Annual administration and progress report of the Indian Medical Department, Bombay
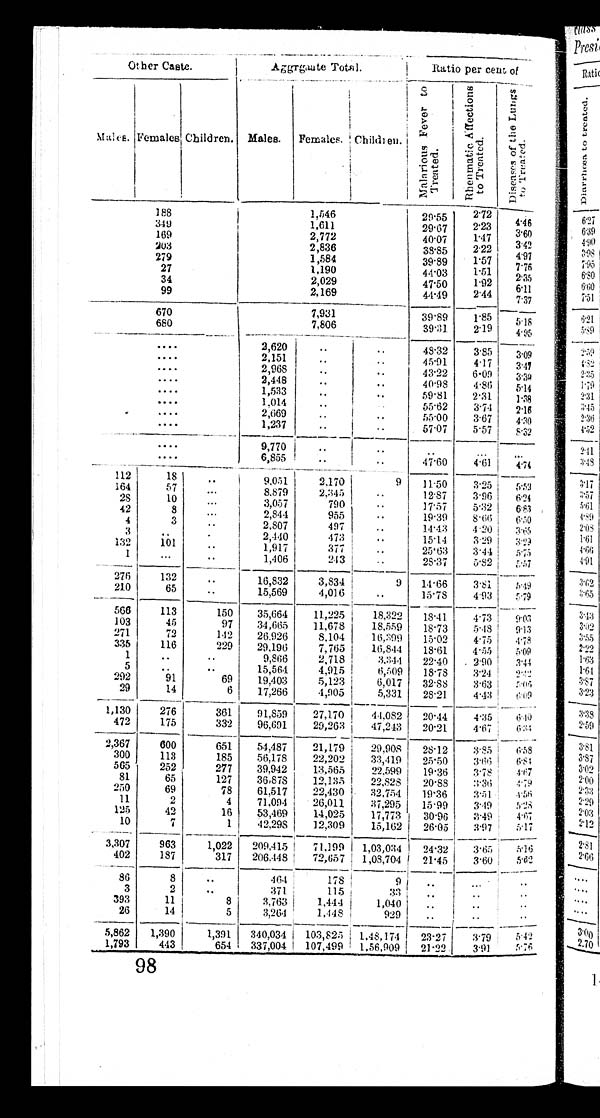
Other Caste.
Aggrgaate Total.
Ratio per cent of
M a l e s .
F e m a l e s .
Children. Males. Females. C h i l d r e n .
M a l a r i o u s F e v e r t o T r e a t e d .
R h e n m a t i c A f f e c t i o n s t o T r e a t e d .
D i s e a s e s o f t h e L u n g s t o T r e a t e d
188
1,546
29.55 2 . 7 2
4 . 4 6
349
1,611
29.67 2 . 2 3
3.60
169
2,772
40.07 1 . 4 7
3.42
203
2,836
38.85 2. 22
4 . 9 7
279
1,584
39.89 1 . 5 7
7.76
27
1,190
44.03 1 . 5 1
2.35
34
2,029
47.50 1 . 9 2
6.11
99
2,169
44.49 2 . 4 4
7.37
670
7,931
39.89 1.85
5 . 1 8
680
7,806
39.31 2 . 1 9
4.95
. . . .
2,620
..
..
48.32 3 . 8 5
3.09
. . . .
2,151
..
..
45.91 4.17 3.47
. . . .
2,968
..
..
43.22 6.09 3.30
. . . .
2,448
..
..
40.98 4.86 5.14
. . . .
1, 533
. .
. . 59.81 2. 31
1. 38
. . . .
1,014
. .
. .
55.62 3 . 7 4
2.16
....
2,669
..
..
55.00 3 . 6 7
4.30
....
1,237
. .
. . 57.07 5.57 8.32
....
9,770
. . ..
. .
. . . ...
. . . .
6,855 ..
. . 47.60 4.61 4.74
112
18
. . 9,051 2,170
9 11.50
3 . 2 5 5.53
164
5 7
. . . 8,879
2,345
..
12.87 3.96 6.24
28
10
. . .
3 , 0 5 7
790 ..
17.57 5.32 6.83
42
8
. . . 2,844
955
. . 19.39 8.66
6. 50
4
3
. . 2,807
497
..
14.43 4.20 3.65
3
. .
. . 2,440
473
. . 15.14 3.29 3. 29
132 101
..
1,917
377
. . 25.63 3.44 5.75
1
...
. . 1,406
243
..
28.37
5 . 8 2 5. 57
276 132
. . 16,832 3,834
9 14. 66
3 . 8 1 5.49
210
65
. . 15,569
4,016
..
15.78 4.93 5. 79
566 113
150 35,664 11,225 18,322 18.41
4 . 7 3 9.03
103
45
97 34,665 11,678 18,559 18.73
5 . 4 8 9. 13
271
72
142 26.926 8.104 16,399
15. 02 4. 75 4.78
335 116
229 29,196
7,765 16,844 18.61 4.55
5. 09
1
..
..
9,866
2,718 3,344 22.40 2.90 3.44
5
. .
..
15,564
4,915 6,509 18.78 3.24 2.42
292
91
69 19,403 5,123
6,017 32.88
3 . 6 3 5. 06
29
14
6 17,266 4,905
5,331 28.21 4.43 6 . 0 9
1,130 276
361 91,859 27,170 44,082 20.44 4. 35
6. 40
472 175
332 96,691 29,263 47,243 20.21 4. 67
6. 34
2,367 600
651 54,487 21,179 29,908 28.12
3 . 8 5 6. 58
300 113
185 56,178 22,202 33,419 25.50
3 . 6 6 6. 84
565 252
277 39,942 13,565 22,599 19.36 3.78 4. 67
81
65
127 36,878 12,135 22,828 20.88 3.36 4. 79
250 69
78 61,517 22,430
3 2 , 7 5 4 19.36 3.51
4 . 5 6
11
2
4 71,094 26,011
3 7 , 2 9 5 15.99 3. 49
5. 28
125
42
16 53,469 14,025 17,773 30.96 3.49 4.67
10
7
1 42,298 12,309 15,162 26.05 3.97 5. 17
3,307 963
1,022 209,415 71,199 1,03,034 24.32 3.65 5. 16
402 187
317 206,448 72,657 1,08,704 21.45 3.60 5.62
86
8 ..
464
178
9 ..
. . .
. .
3
2
. .
371
115
33 ..
. . ..
393
11
8 3,763 1,444 1,040 ..
. .
. .
26
14
5 3,264 1,448
929 ..
. .
. .
5,862 1,390
1,391 340,034 103,825 1,48,174 23.27 3.79 5. 42
1,793 443
654 337,004 107,499 1,56,909 21.22 3.91 5.76
98